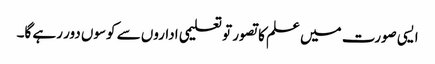
ایسی صورت میں علم کا تصور تو تعلیمی اداروں سے کوسوں دور رہے گا۔